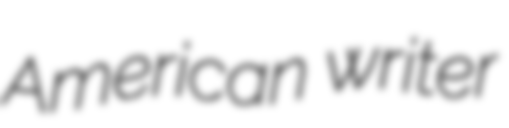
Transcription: American writer